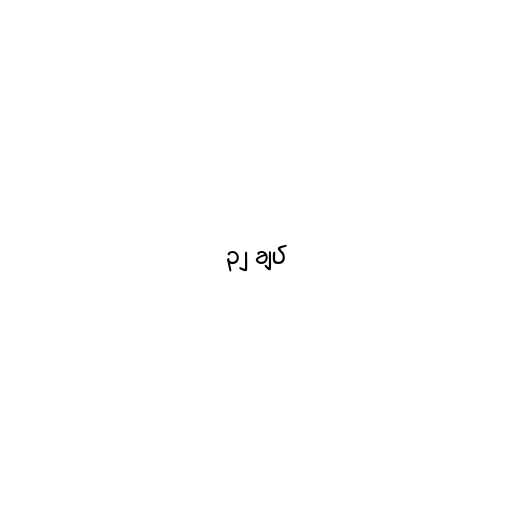
၃၂ ချပ်